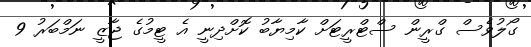
ގޯލުވެސް ގްރީން ސްޓްރީޓަށް ކާމިޔާބު ކޮށްދިނީ އެ ޓީމުގެ ޖާޒީ ނަމްބަރު 9